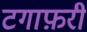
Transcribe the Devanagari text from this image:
टगाफ़री